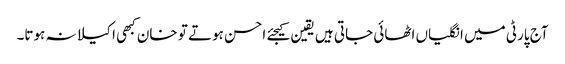
آج پارٹی میں انگلیاں اٹھائی جاتی ہیں یقین کیجئے احسن ہوتے تو خان کبھی اکیلا نہ ہوتا۔